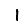
Digit: 1